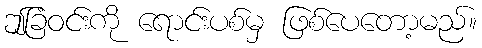
ဤခြံဝင်းကို ရောင်းပစ်မှ ဖြစ်ပေတော့မည်။